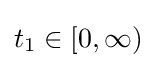
t_{1}\in [0,\infty )